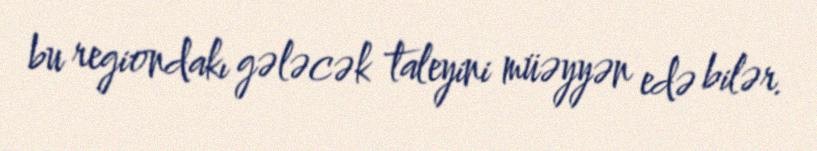
bu regiondakı gələcək taleyini müəyyən edə bilər.